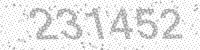
Solution: 231452